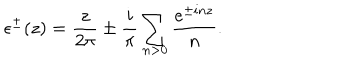
LaTeX: \epsilon ^ { \pm } ( z ) = \frac { z } { 2 \pi } \pm \frac { i } { \pi } \sum _ { n > 0 } \frac { e ^ { \pm i n z } } { n } .